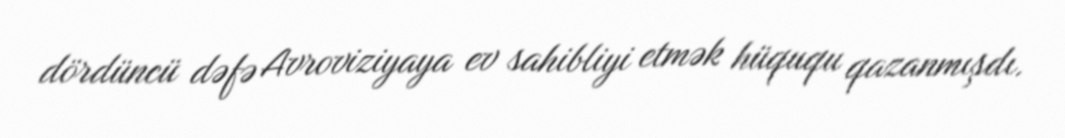
dördüncü dəfə Avroviziyaya ev sahibliyi etmək hüququ qazanmışdı.